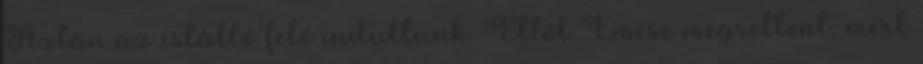
Aztán az istálló felé indultunk. Ettől Emese megrettent, mert